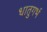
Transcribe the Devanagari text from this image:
धातुगर्भ